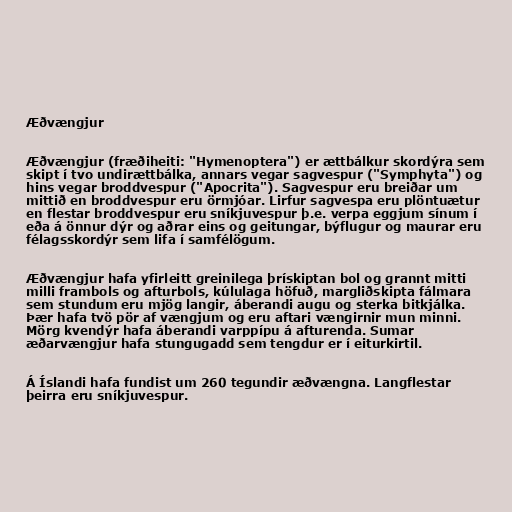
Æðvængjur

Æðvængjur (fræðiheiti: "Hymenoptera") er ættbálkur skordýra sem
skipt í tvo undirættbálka, annars vegar sagvespur ("Symphyta") og
hins vegar broddvespur ("Apocrita"). Sagvespur eru breiðar um
mittið en broddvespur eru örmjóar. Lirfur sagvespa eru plöntuætur
en flestar broddvespur eru sníkjuvespur þ.e. verpa eggjum sínum í
eða á önnur dýr og aðrar eins og geitungar, býflugur og maurar eru
félagsskordýr sem lifa í samfélögum.

Æðvængjur hafa yfirleitt greinilega þrískiptan bol og grannt mitti
milli frambols og afturbols, kúlulaga höfuð, margliðskipta fálmara
sem stundum eru mjög langir, áberandi augu og sterka bitkjálka.
Þær hafa tvö pör af vængjum og eru aftari vængirnir mun minni.
Mörg kvendýr hafa áberandi varppípu á afturenda. Sumar
æðarvængjur hafa stungugadd sem tengdur er í eiturkirtil.

Á Íslandi hafa fundist um 260 tegundir æðvængna. Langflestar
þeirra eru sníkjuvespur.